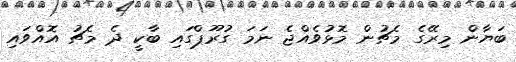
ބަޔާން މިރޭގެ މެޗުން މޮޅުވެއްޖެ ނަމަ ގުރޫޕްގައި ބާކީ ދެ މެޗު އޮއްވައި